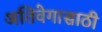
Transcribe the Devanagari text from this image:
अतिवेगासाठी